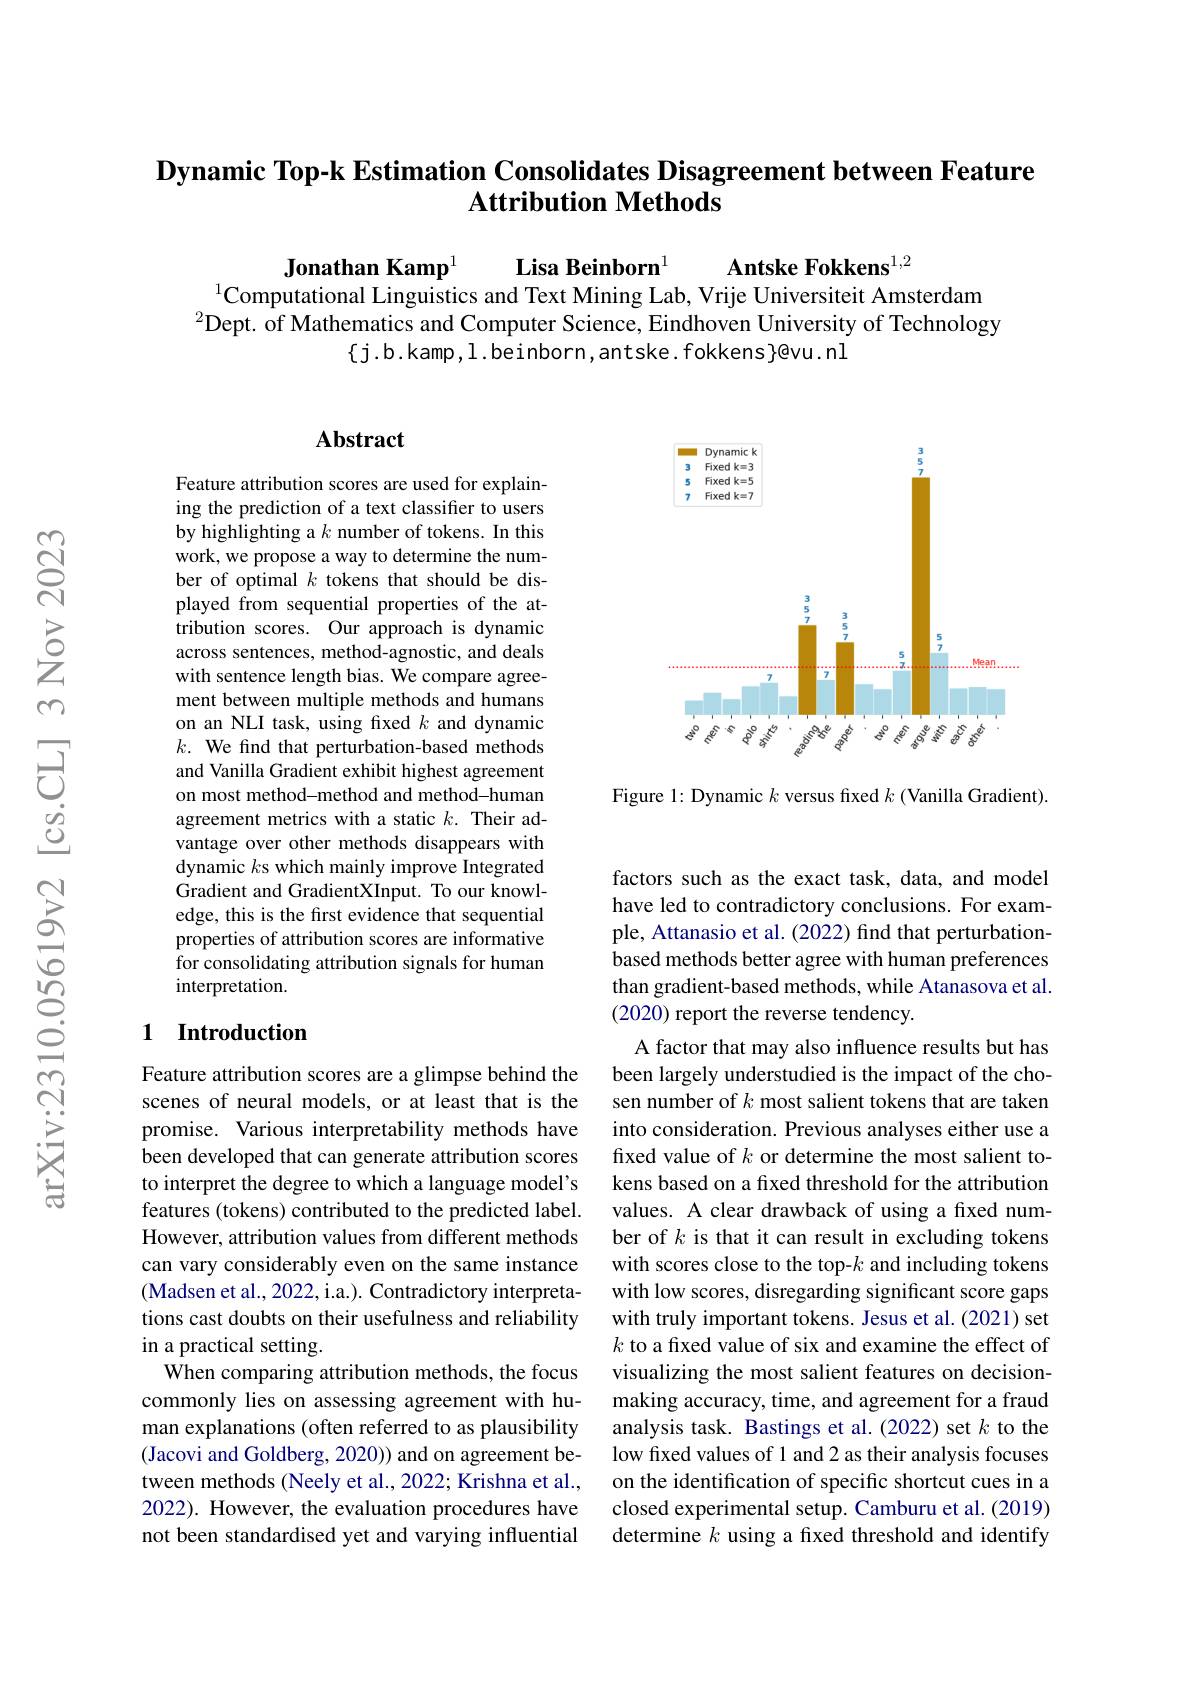
## Dynamic Top-k Estimation Consolidates Disagreement between Feature Attribution Methods

Antske Fokkens$^{1,2}$
Jonathan Kamp$^{1}$ Lisa Beinborn$^{1}$
$^{1}$Computational Linguistics and Text Mining Lab, Vrije Universiteit Amsterdam $^{2}$Dept. of Mathematics and Computer Science, Eindhoven University of Technology
$\{$j.b.kamp, l. beinborn, antske. fokkens}@vu. nl

## Abstract

Feature attribution scores are used for explaining the prediction of a text classifier to users by highlighting a $k$ number of tokens. In this work, we propose a way to determine the number of optimal $k$ tokens that should be displayed from sequential properties of the attribution scores. Our approach is dynamic across sentences, method-agnostic, and deals with sentence length bias. We compare agreement between multiple methods and humans on an NLI task, using fixed $k$ and dynamic $k.$ We find that perturbation-based methods and Vanilla Gradient exhibit highest agreement on most method-method and method-human agreement metrics with a static $k.$ Their advantage over other methods disappears with dynamic $k$s which mainly improve Integrated Gradient and GradientXInput. To our knowledge, this is the first evidence that sequential properties of attribution scores are informative for consolidating attribution signals for human interpretation.

### 1 Introduction

Feature attribution scores are a glimpse behind the scenes of neural models, or at least that is the promise. Various interpretability methods have been developed that can generate attribution scores to interpret the degree to which a language model's features (tokens) contributed to the predicted label. However, attribution values from different methods can vary considerably even on the same instance (Madsen et al., 2022, i.a.). Contradictory interpretations cast doubts on their usefulness and reliability in a practical setting.
When comparing attribution methods, the focus commonly lies on assessing agreement with human explanations (often referred to as plausibility (Jacovi and Goldberg, 2020)) and on agreement between methods (Neely et al., 2022; Krishna et al., 2022). However, the evaluation procedures have not been standardised yet and varying influential

<FigureHere>

Figure 1: Dynamic $k$ versus fixed $k$ (Vanilla Gradient).

factors such as the exact task, data, and model have led to contradictory conclusions. For example, Attanasio et al. (2022) find that perturbationbased methods better agree with human preferences than gradient-based methods, while Atanasova et al. (2020) report the reverse tendency.
A factor that may also influence results but has been largely understudied is the impact of the chosen number of $k$ most salient tokens that are taken into consideration. Previous analyses either use a fixed value of $k$ or determine the most salient tokens based on a fixed threshold for the attribution values. A clear drawback of using a fixed number of $k$ is that it can result in excluding tokens with scores close to the top-$k$ and including tokens with low scores, disregarding significant score gaps with truly important tokens. Jesus et al. (2021) set $k$ to a fixed value of six and examine the effect of visualizing the most salient features on decisionmaking accuracy, time, and agreement for a fraud analysis task. Bastings et al.(2022) set $k$ to the low fixed values of 1 and 2 as their analysis focuses on the identification of specific shortcut cues in a closed experimental setup. Camburu et al. (2019) determine $k$ using a fixed threshold and identify